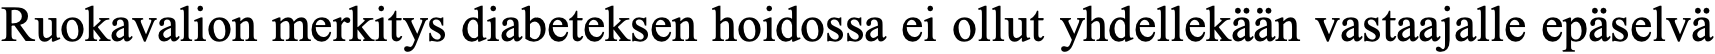
Ruokavalion merkitys diabeteksen hoidossa ei ollut yhdellekään vastaajalle epäselvä